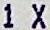
1 X